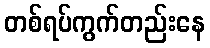
တစ်ရပ်ကွက်တည်းနေ